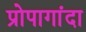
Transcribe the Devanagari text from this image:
प्रोपागांदा